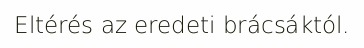
Eltérés az eredeti brácsáktól.